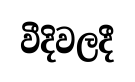
වීදිවලදී